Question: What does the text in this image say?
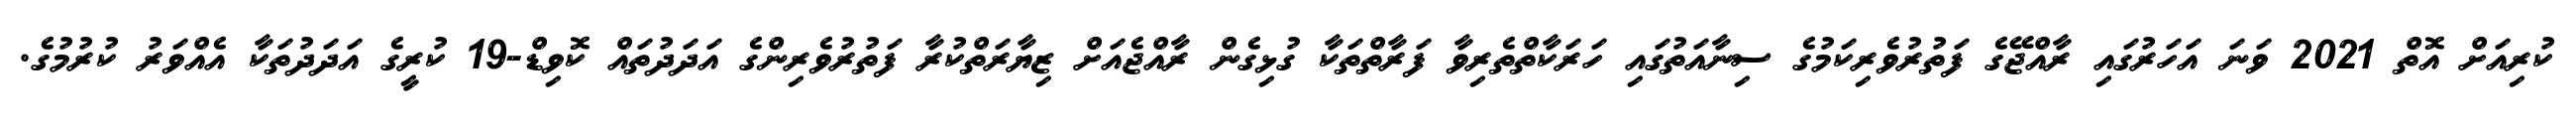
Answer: ކުރިއަށް އޮތް 2021 ވަނަ އަހަރުގައި ރާއްޖޭގެ ފަތުރުވެރިކަމުގެ ސިނާއަތުގައި ހަރަކާތްތެރިވާ ފަރާތްތަކާ ގުޅިގެން ރާއްޖެއަށް ޒިޔާރަތްކުރާ ފަތުރުވެރިންގެ އަދަދުތައް ކޮވިޑް-19 ކުރީގެ އަދަދުތަކާ އެއްވަރު ކުރުމުގެ.